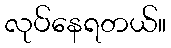
လုပ်နေရတယ်။